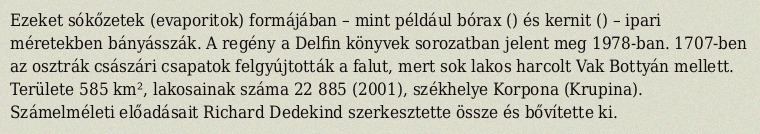
Ezeket sókőzetek (evaporitok) formájában – mint például bórax () és kernit () – ipari méretekben bányásszák. A regény a Delfin könyvek sorozatban jelent meg 1978-ban. 1707-ben az osztrák császári csapatok felgyújtották a falut, mert sok lakos harcolt Vak Bottyán mellett. Területe 585 km², lakosainak száma 22 885 (2001), székhelye Korpona (Krupina). Számelméleti előadásait Richard Dedekind szerkesztette össze és bővítette ki.